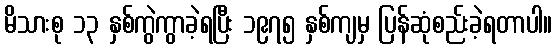
မိသားစု ၁၃ နှစ်ကွဲကွာခဲ့ရပြီး ၁၉၇၅ နှစ်ကျမှ ပြန်ဆုံစည်းခဲ့ရတာပါ။